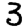
Digit: 3